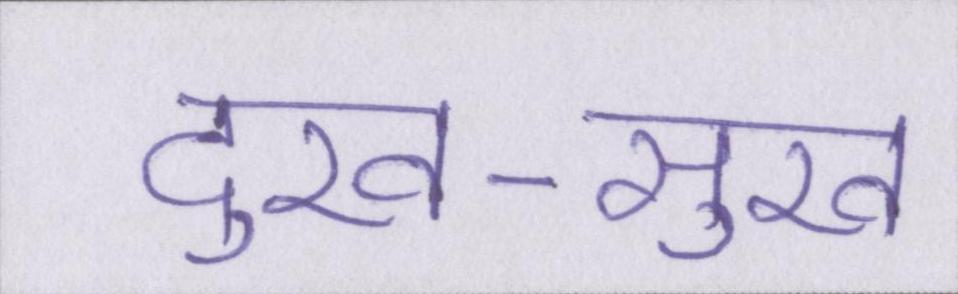
दुख-सुख